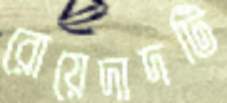
রোয়েদাদটি